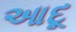
આદૂ